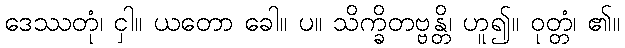
ဒေဿတုံ၊ ငှါ။ ယတော ခေါ။ ပ။ သိက္ခိတဗ္ဗန္တိ၊ ဟူ၍။ ဝုတ္တံ၊ ၏။